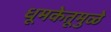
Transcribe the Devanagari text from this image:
धूमकेतूमुळे